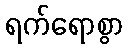
ရက်ရောစွာ